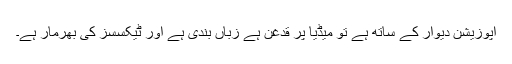
اپوزیشن دیوار کے ساتھ ہے تو میڈیا پر قدغن ہے زباں بندی ہے اور ٹیکسسز کی بھرمار ہے۔